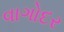
વાગોદર